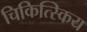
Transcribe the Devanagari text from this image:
चिकित्स्किय